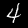
Digit: 4